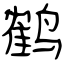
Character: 鹤